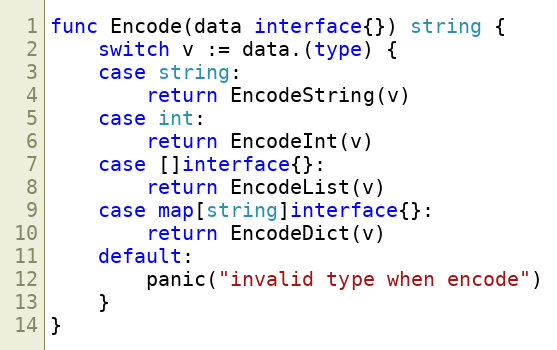
Language: Go
func Encode(data interface{}) string {
	switch v := data.(type) {
	case string:
		return EncodeString(v)
	case int:
		return EncodeInt(v)
	case []interface{}:
		return EncodeList(v)
	case map[string]interface{}:
		return EncodeDict(v)
	default:
		panic("invalid type when encode")
	}
}